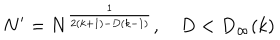
LaTeX: N ^ { \prime } = N ^ { \frac { 1 } { 2 ( k + 1 ) - D ( k - 1 ) } } , \quad D < D _ { \infty } ( k )